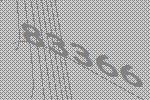
83366